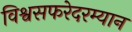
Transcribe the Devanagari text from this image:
विश्वसफरेदरम्यान